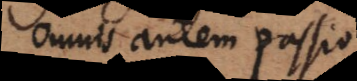
omnis autem passio